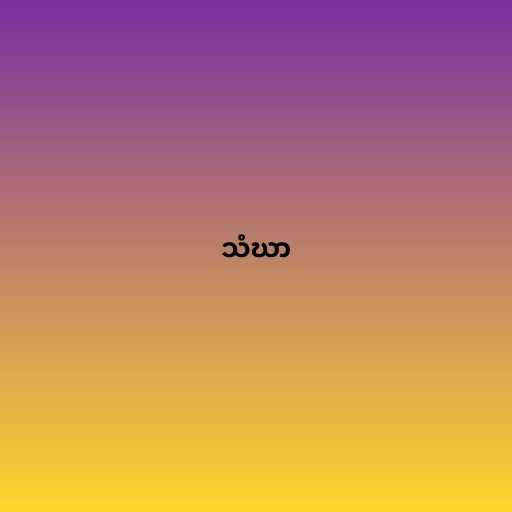
သံဃာ